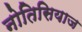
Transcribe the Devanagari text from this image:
नोतिसियाज